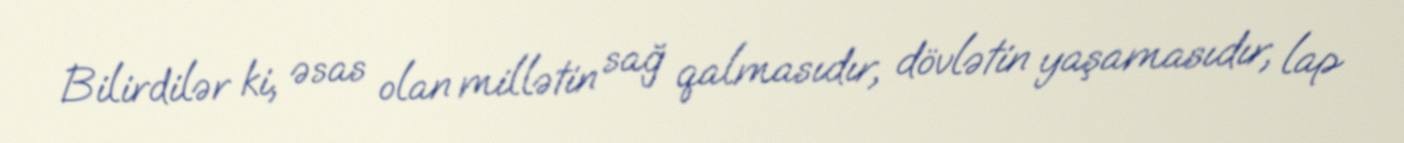
Bilirdilər ki, əsas olan millətin sağ qalmasıdır, dövlətin yaşamasıdır, lap